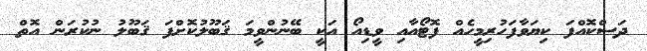
ދަސްކޮއްފަ ކިޔަވާފަހުރިމީހެއް ފޮޓޯއާއި ވީޑިއޯ އަކީ ބޭނުންވީމަ ޤަބޫލުކޮށްފަ ޤަބޫލު ނުކުރަން އޮތް